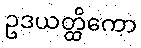
ဥဒယတ္ထိကော